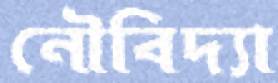
নৌবিদ্যা